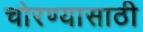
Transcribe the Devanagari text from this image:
चोरण्यासाठी